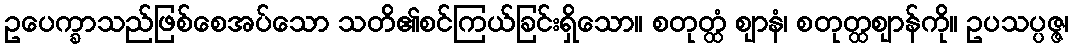
ဥပေက္ခာသည်ဖြစ်စေအပ်သော သတိ၏စင်ကြယ်ခြင်းရှိသော။ စတုတ္ထံ ဈာနံ၊ စတုတ္ထဈာန်ကို။ ဥပသပ္ပဇ္ဇ၊